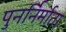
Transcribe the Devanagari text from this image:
पुनर्निर्माता